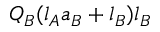
Q _ { B } ( l _ { A } a _ { B } + l _ { B } ) l _ { B }